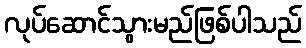
လုပ်ဆောင်သွားမည်ဖြစ်ပါသည်